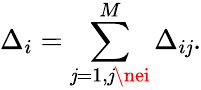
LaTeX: \Delta_{i}=\sum_{\mathit{j}=1,\mathit{j}\nei}^{M}\Delta_{i\mathit{j}}.